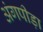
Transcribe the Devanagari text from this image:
अंगपीड़ा